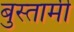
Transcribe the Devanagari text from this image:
बुस्तामी